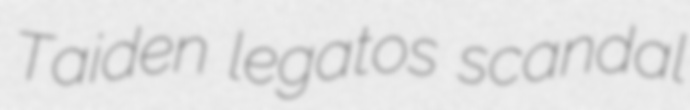
Taiden legatos scandal